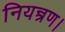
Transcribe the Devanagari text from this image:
नियन्त्रण।